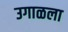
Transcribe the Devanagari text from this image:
उगाळला